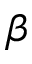
\beta